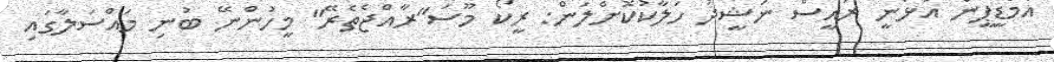
އެމްޑީޕީން އުޅެނީ ރައީސް ނަޝީދު ހަލާކުކޮށްލަން: ރީކޯ މޫސަ"ރާއްޖެތެރޭ" މީހުންނޭ ބުނި މައްސަލާގައި